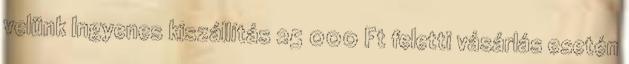
velünk Ingyenes kiszállítás 25 000 Ft feletti vásárlás esetén